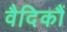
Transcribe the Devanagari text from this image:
वैदिकौं